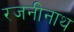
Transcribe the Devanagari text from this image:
रजनीनाथ